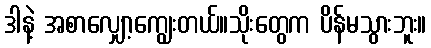
ဒါနဲ့ အစာလျှော့ကျွေးတယ်။သိုးတွေက ပိန်မသွားဘူး။